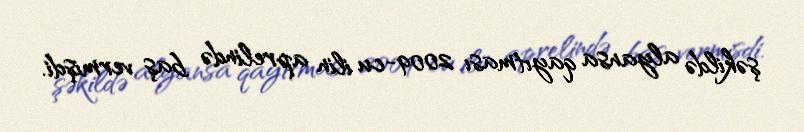
şəkildə alyansa qayıtması 2009-cu ilin aprelində baş vermişdi.